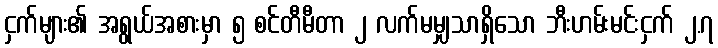
ငှက်များ၏ အရွယ်အစားမှာ ၅ စင်တီမီတာ ၂ လက်မမျှသာရှိသော ဘီးဟမ်းမင်းငှက် ၂.၇